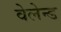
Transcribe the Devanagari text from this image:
वेलेन्ड